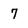
Character: 7